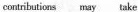
cpmtmobitopns may take